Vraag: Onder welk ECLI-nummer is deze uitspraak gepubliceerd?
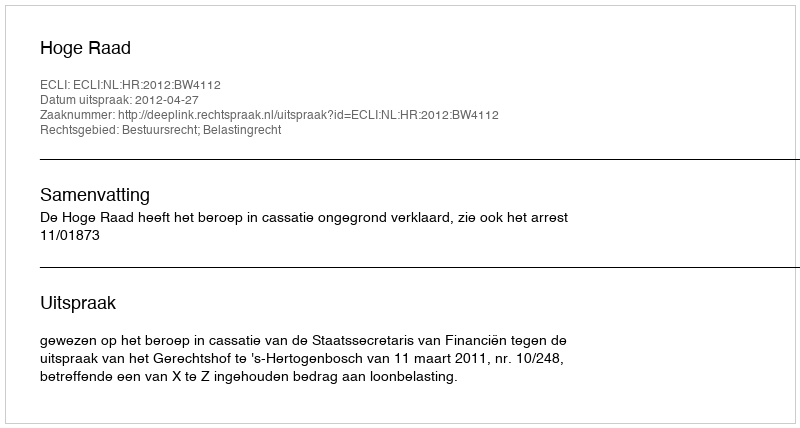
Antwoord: ECLI:NL:HR:2012:BW4112